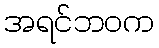
အရင်ဘဝက